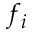
f _ { i }